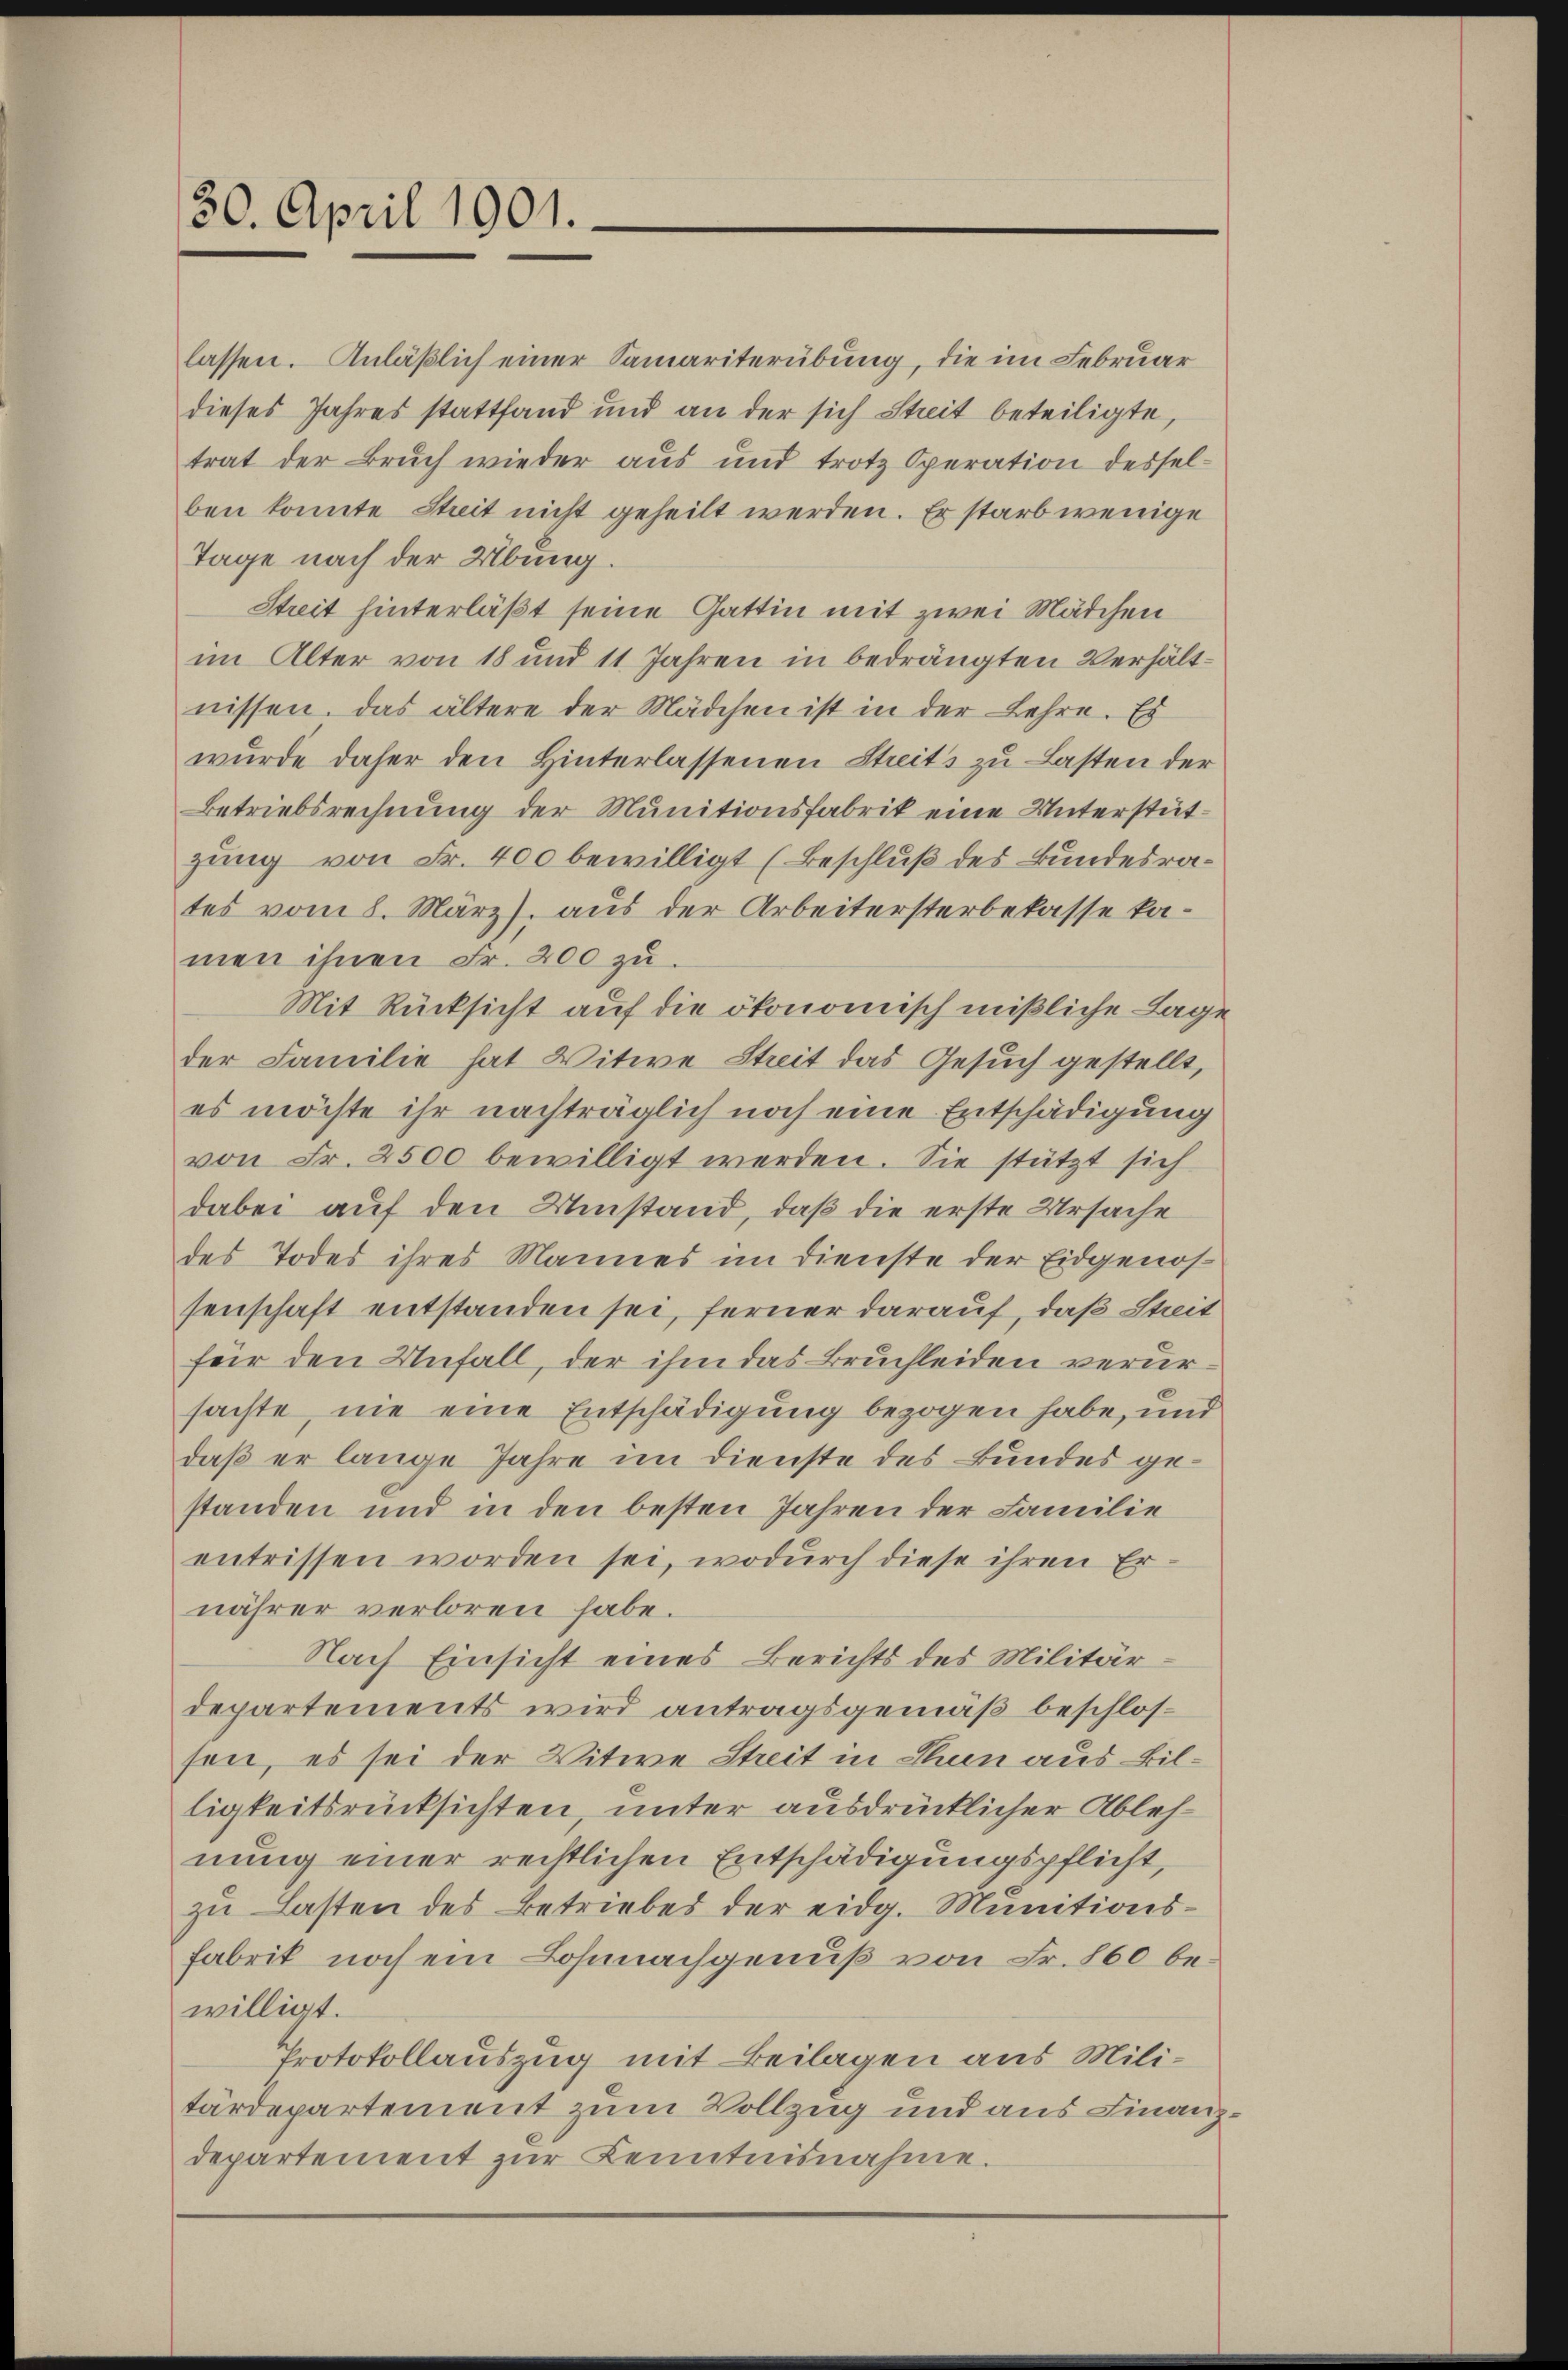
30. April 1901.

lassen. Anläßlich einer Samariterübung, die im Februar
dieses Jahres stattfand und an der sich Streit beteiligte,
trat der Bruch wieder aus und trotz Operation desselben konnte Steit nicht geheilt werden. Er starb wenige
Tage nach der Übung.
Streit hinterläßt seine Gattin mit zwei Mädchen
im Alter von 18 und 11 Jahren in bedrängten Verhältnissen. Das ältere der Mädchen ist in der Lehre. Es
wurde daher den Hinterlassenen Streits zu Lasten der
Betriebsrechnung der Munitionsfabrik eine Unterstützung von Fr. 400 bewilligt (Beschluß des Bundesrates vom 8. März), aus der Arbeitersterbekasse kamen ihnen Fr. 200 zu.
Mit Rücksicht auf die ökonomisch mißliche Lage
der Familie hat Witwe Streit das Gesuch gestellt,
es möchte ihr nachträglich noch eine Entschädigung
von Fr. 2500 bewilligt werden. Sie stützt sich
dabei auf den Umstand, daß die erste Ursache
des Todes ihres Mannes im Dienste der Eidgenossenschaft entstanden sei, ferner darauf, daß Streit
für den Unfall, der ihm das Bruchleiden verursachte, nie eine Entschädigung bezogen habe, und
daß er lange Jahre im Dienste des Bundes gestanden und in den besten Jahren der Familie
entrissen worden sei, wodurch diese ihren Er-
nährer verloren habe.
Nach Einsicht eines Berichts des Militärdepartements wird antragsgemäß beschlossen, es sei der Witwe Streit in Thun aus Billigkeitsrücksichten, unter ausdrücklicher Ablehnung einer rechtlichen Entschädigungspflicht,
zu Lasten des Betriebes der eidg. Munitions¬
Fabrik noch ein Lohnnachgenuß von Fr. 860 bewilligt.
Protokollauszug mit Beilagen aus Militärdepartement zum Vollzug und aus Finanzdepartement zur Kenntnisnahme.